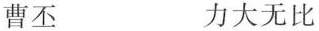
曹丕 力大无比